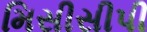
મિસીસીપી